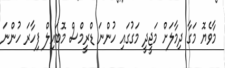
މާވެޔޮ މަގާ ދިމާލަށް މަޖީދީ މަގުގައި ހުންނަ ޑްރީމްސް މޮބައިލް ފިހާރަ ހުންނަ